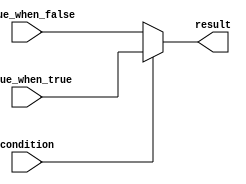
module conditional_assignment (
    input wire condition,
    input wire [7:0] value_when_true,
    input wire [7:0] value_when_false,
    output reg [7:0] result
);

always @(*) begin
    result = (condition) ? value_when_true : value_when_false;
end

endmodule